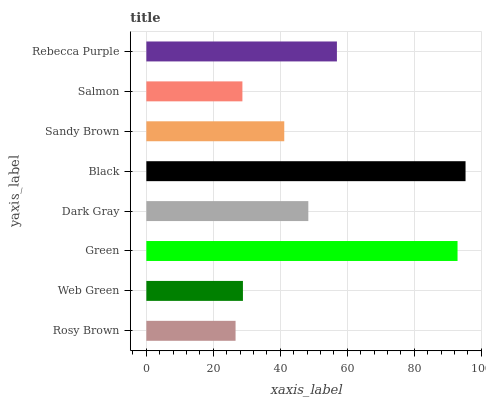
| yaxis_label | bars |
 | --- | --- |
 | Rosy Brown | 26.6 |
 | Web Green | 28.8 |
 | Green | 92.9 |
 | Dark Gray | 48.4 |
 | Black | 95.3 |
 | Sandy Brown | 41.2 |
 | Salmon | 28.7 |
 | Rebecca Purple | 56.9 |